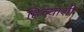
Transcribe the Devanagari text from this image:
हिच्‍याशी